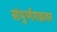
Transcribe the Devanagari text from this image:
संपुर्णगडावर